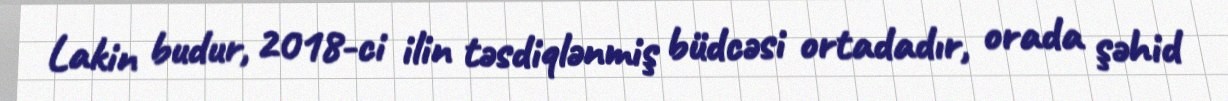
Lakin budur, 2018-ci ilin təsdiqlənmiş büdcəsi ortadadır, orada şəhid